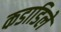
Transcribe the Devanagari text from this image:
कडाडिले